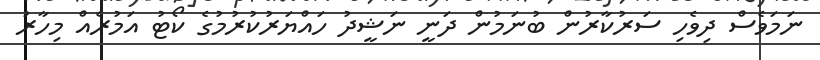
ނަމަވެސް ދިވެހި ސަރުކާރުން ބުނަމުން ދަނީ ނަޝީދު ހައްޔަރުކުރުމުގެ ކޯޓު އަމުރެއް މިހާރު